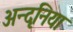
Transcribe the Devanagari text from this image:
अन्दृनिया